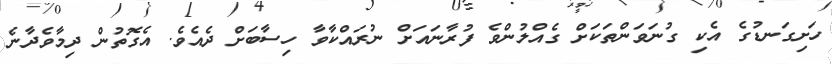
ހަށިގަނޑުގެ އެކި ގުނަވަންތަކަށް ގެއްލުންވެ ފުރާނައަށް ނުރައްކާވާ ހިސާބަށް ދެއެވެ. އެގޮތުން ދިމާވެދާނެ